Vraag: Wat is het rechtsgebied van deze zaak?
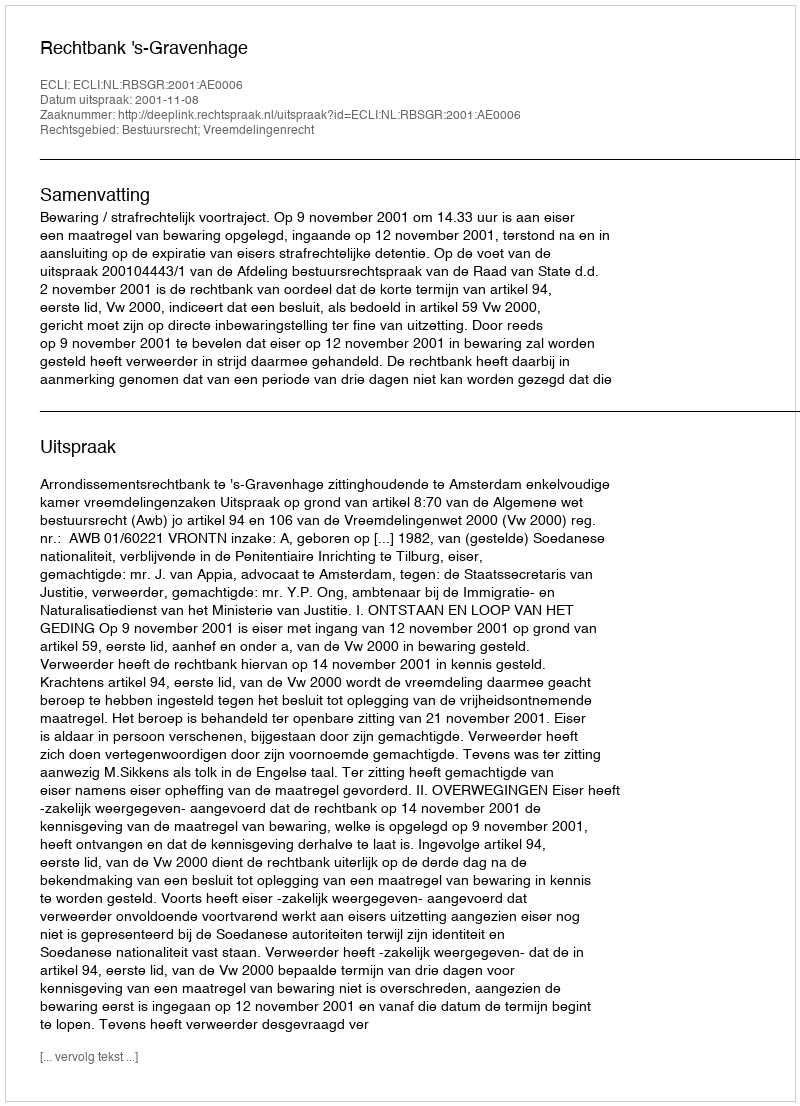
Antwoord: Bestuursrecht; Vreemdelingenrecht